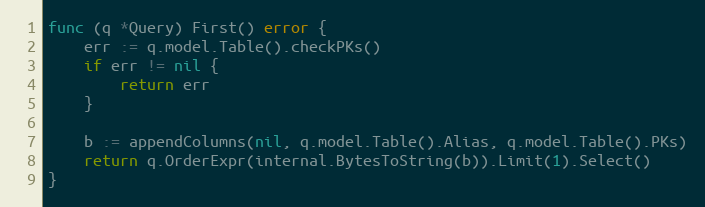
Language: Go
func (q *Query) First() error {
	err := q.model.Table().checkPKs()
	if err != nil {
		return err
	}

	b := appendColumns(nil, q.model.Table().Alias, q.model.Table().PKs)
	return q.OrderExpr(internal.BytesToString(b)).Limit(1).Select()
}